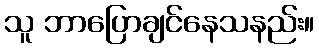
သူ ဘာပြောချင်နေသနည်း။